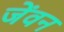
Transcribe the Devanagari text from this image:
जेंवन